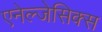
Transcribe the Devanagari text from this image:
एनेल्जेसिक्स